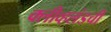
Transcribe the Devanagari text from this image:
क्लीव्हलंडची